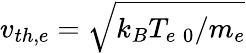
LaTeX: v_{th,e}=\sqrt{k_{B}T_{e\; 0}/m_{e}}